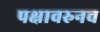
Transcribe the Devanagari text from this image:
पक्षावरुनच